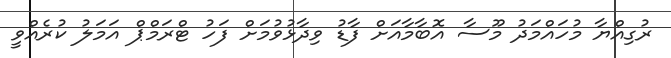
ރުގިއްޔާ މުހައްމަދު މޫސާ އޮބާމާއަށް ފާޑު ވިދާޅުވުމަށް ފަހު ޓްރަމްޕް އަމަލު ކުރެއްވީ